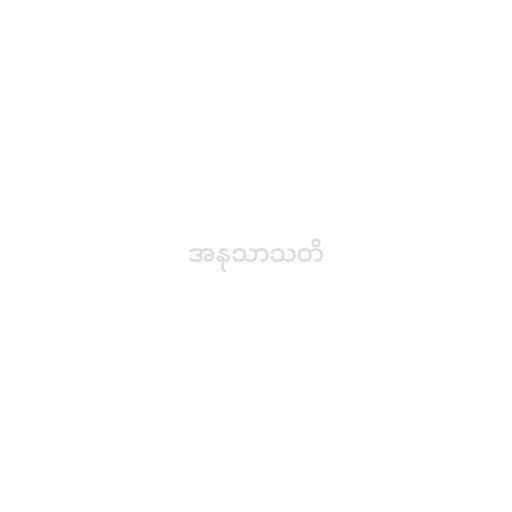
အနုသာသတိ